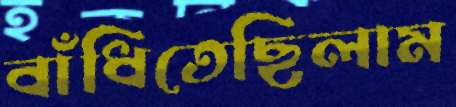
বাঁধিতেছিলাম